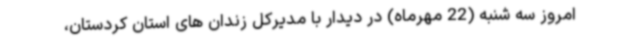
امروز سه شنبه (22 مهرماه) در دیدار با مدیرکل زندان های استان کردستان،